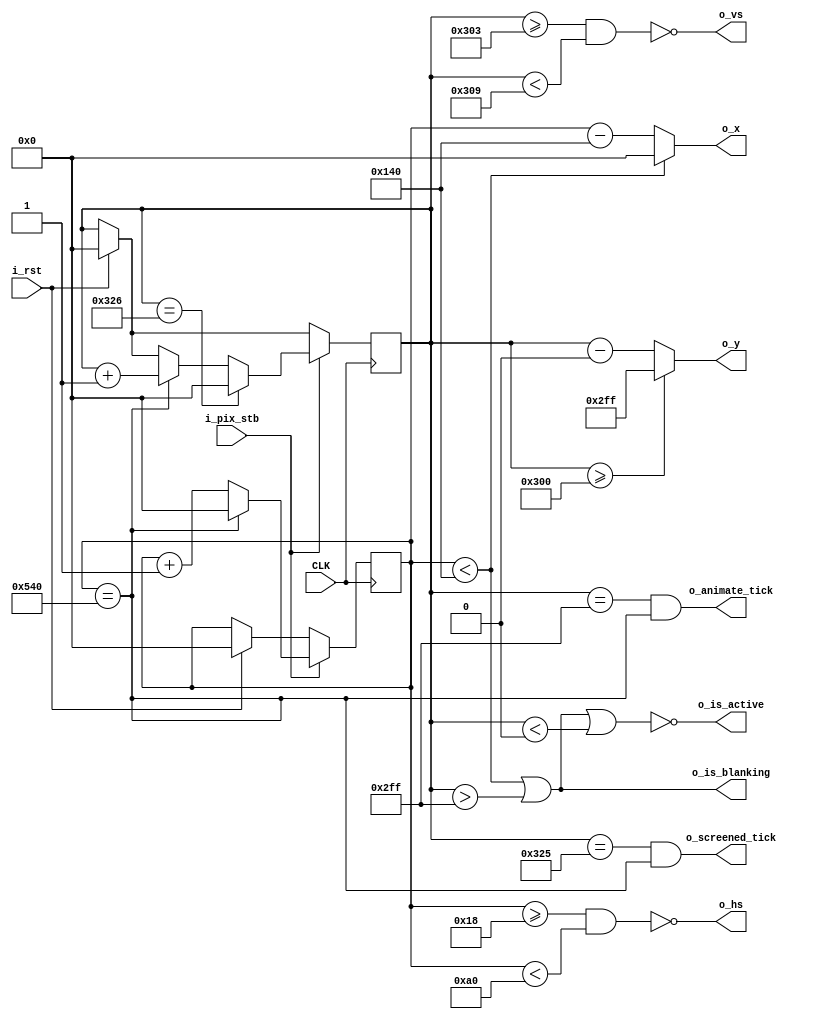
`timescale 1ns / 1ps
//////////////////////////////////////////////////////////////////////////////////
// Company: 
// Engineer: 
// 
// Design Name: 
// Module Name: vga
// Project Name: 
// Target Devices: 
// Tool Versions: 
// Description: 
// 
// Dependencies: 
// 
// Revision:
// Revision 0.01 - File Created
// Additional Comments:
// 
//////////////////////////////////////////////////////////////////////////////////


module vga(
    input wire CLK,           // base clock
    input wire i_rst,           // restart frame
    input wire i_pix_stb,       // 65MHz clock
    output wire o_hs,           // horizontal sync
    output wire o_vs,           // vertical sync
    output wire o_is_blanking,     // high during blanking interval
    output wire o_is_active,       // high during active pixel drawing
    output wire o_screened_tick,    // high for one tick at the end of screen
    output wire o_animate_tick,      // high for one tick at end of active drawing
    output wire [10:0] o_x,      // current pixel x position
    output wire [10:0] o_y       // current pixel y position
    );

    localparam HS_STA = 24;                     // horizontal sync start
    localparam HS_END = 24 + 136;               // horizontal sync end
    localparam HA_STA = 24 + 136 + 160;         // horizontal active pixel start
    localparam VS_STA = 768 + 3;                // vertical sync start
    localparam VS_END = 768 + 3 + 6;            // vertical sync end
    localparam VA_STA = 0;                      // vertical active pixel start
    localparam VA_END = 768;                    // vertical active pixel end
    localparam LINE   = 1024 + 24 + 136 + 160;  // complete line (pixels)
    localparam SCREEN = 768 + 3 + 6 + 29;       // complete screen (lines)

    reg [10:0] h_count;  // line position
    reg [10:0] v_count;  // column position


    
    assign o_hs = ~((h_count >= HS_STA) && (h_count < HS_END));
    assign o_vs = ~((v_count >= VS_STA) && (v_count < VS_END));

    assign o_x = (h_count < HA_STA) ? 0 : (h_count - HA_STA);
    assign o_y = (v_count >= VA_END) ? (VA_END - VA_STA - 1) : (v_count - VA_STA);

    assign o_is_blanking = ((h_count < HA_STA) || (v_count > VA_END - 1));
    assign o_is_active = ~((h_count < HA_STA) || (v_count > VA_END - 1) || (v_count < VA_STA)); 

    assign o_screened_tick = ((v_count == SCREEN - 1) && (h_count == LINE));
    assign o_animate_tick = ((v_count == VA_END - 1) && (h_count == LINE));

    always @ (posedge CLK)
    begin
        if(i_rst)
        begin
            h_count <= 0;
            v_count <= 0;
        end
        if(i_pix_stb)
        begin
            if(h_count == LINE)
            begin
                h_count <= 0;
                v_count <= v_count + 1;
            end 
            else h_count <= h_count + 1;
            if(v_count == SCREEN) v_count <= 0;
        end
    end

endmodule